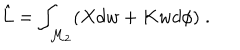
\hat { L } = \int _ { \mathcal { M } _ { 2 } } ( X d w + K w d \phi ) \; .